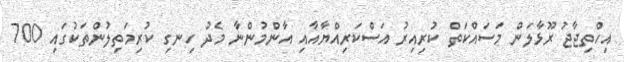
އިހްތިޖާޖު ރޫޅާލަން މަސައްކަތް ކުރިއިރު އަސްކަރިއްޔާއާއި އާންމުންނާ މެދު ހިނގި ކުރިމަތިލުންތަކުގައި 700